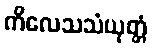
ကိလေသသံယုတ္တံ